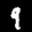
Label: 9